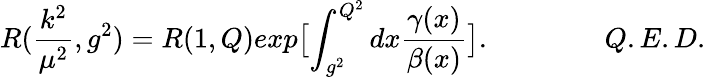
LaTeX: R(\frac{k^{2}}{\mu^{2}},g^{2})=R(1,Q)exp\bigl[\int_{g^{2}}^{Q^{2}}dx\frac{\gamma(x)}{\beta(x)}\bigr].\qquad\qquad Q.E.D.